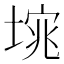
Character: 𭏆